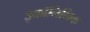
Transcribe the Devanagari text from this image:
इकॉनिमिक